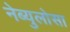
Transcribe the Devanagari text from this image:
नेब्युलोसा